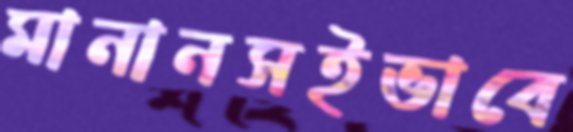
মানানসইভাবে